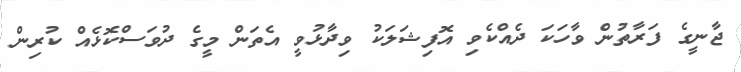
ޖާނީގެ ފަރާތުން ވާހަކަ ދެއްކެވި އޮފިޝަލަކު ވިދާޅުވީ އެތަން މީގެ ދުވަސްކޮޅެއް ކުރިން